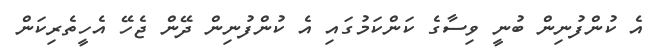
އެ ކުންފުނިން ބުނީ ވިސާގެ ކަންކަމުގައި އެ ކުންފުނިން ދޭން ޖެހޭ އެހީތެރިކަން